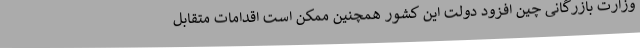
وزارت بازرگانی چین افزود دولت این کشور همچنین ممکن است اقدامات متقابل